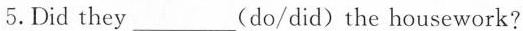
5.Did they___(do/did)the housework?